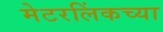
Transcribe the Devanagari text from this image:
मेटरलिंकच्या